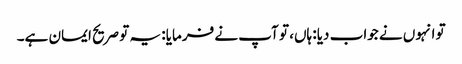
تو انہوں نے جواب دیا: ہاں، تو آپ نے فرمایا: یہ تو صریح ایمان ہے۔